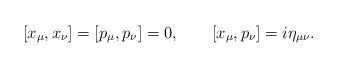
LaTeX: \begin{align*}\lbrack x_{\mu},x_{\nu}]=[p_{\mu},p_{\nu}]=0,\qquad\lbrack x_{\mu},p_{\nu}]=i\eta_{\mu\nu}. \end{align*}